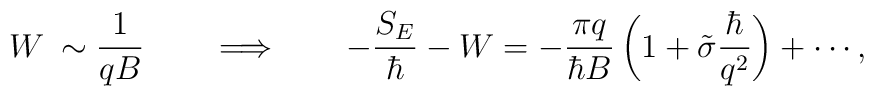
W\:\sim  \frac{1}{qB}\qquad\Longrightarrow\qquad -\frac{S_E}{\hbar}-W =-\frac{\pi q}{\hbar B}\,\biggl(1+\tilde{\sigma}\frac{\hbar}{q^2}\biggr)+\cdots,